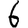
Digit: 6